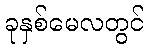
ခုနှစ်မေလတွင်